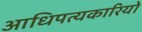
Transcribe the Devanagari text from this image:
आधिपत्यकारियों